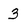
Character: 3